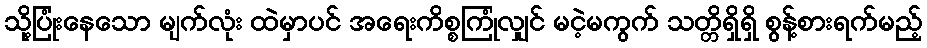
သို့ပြုံးနေသော မျက်လုံး ထဲမှာပင် အရေးကိစ္စကြုံလျှင် မငဲ့မကွက် သတ္တိရှိရှိ စွန့်စားရက်မည့်